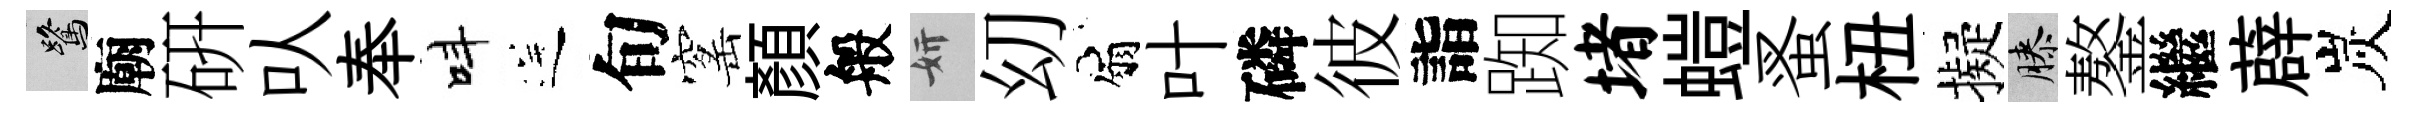
鷺廟硏㕥奉呌送旬窰顔般妍㓜扇叶磷彼詣踟堵螘蚤杻擬膝鏊繼薜炭